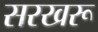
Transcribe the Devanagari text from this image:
सरखरू